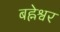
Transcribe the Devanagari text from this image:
बह्नेश्वर